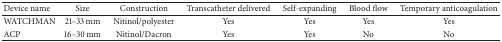
<table><thead><tr><td><b>Device name</b></td><td><b>Size</b></td><td><b>Construction</b></td><td><b>Transcatheter delivered</b></td><td><b>Self-expanding</b></td><td><b>Blood flow </b></td><td><b>Temporary anticoagulation </b></td></tr></thead><tbody><tr><td>WATCHMAN</td><td>21–33 mm</td><td>Nitinol/polyester</td><td>Yes</td><td>Yes</td><td>Yes</td><td>Yes</td></tr><tr><td>ACP</td><td>16–30 mm</td><td>Nitinol/Dacron</td><td>Yes</td><td>Yes</td><td>No</td><td>No</td></tr></tbody></table>